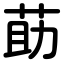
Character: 莇